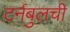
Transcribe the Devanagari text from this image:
टर्नबुलची